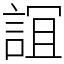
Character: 𧨏